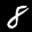
Label: 8